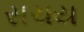
સચય